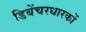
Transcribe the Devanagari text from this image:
डिबेंचरधारकों